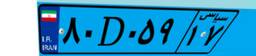
۸۰D۰۵۹۱۷